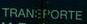
transporte